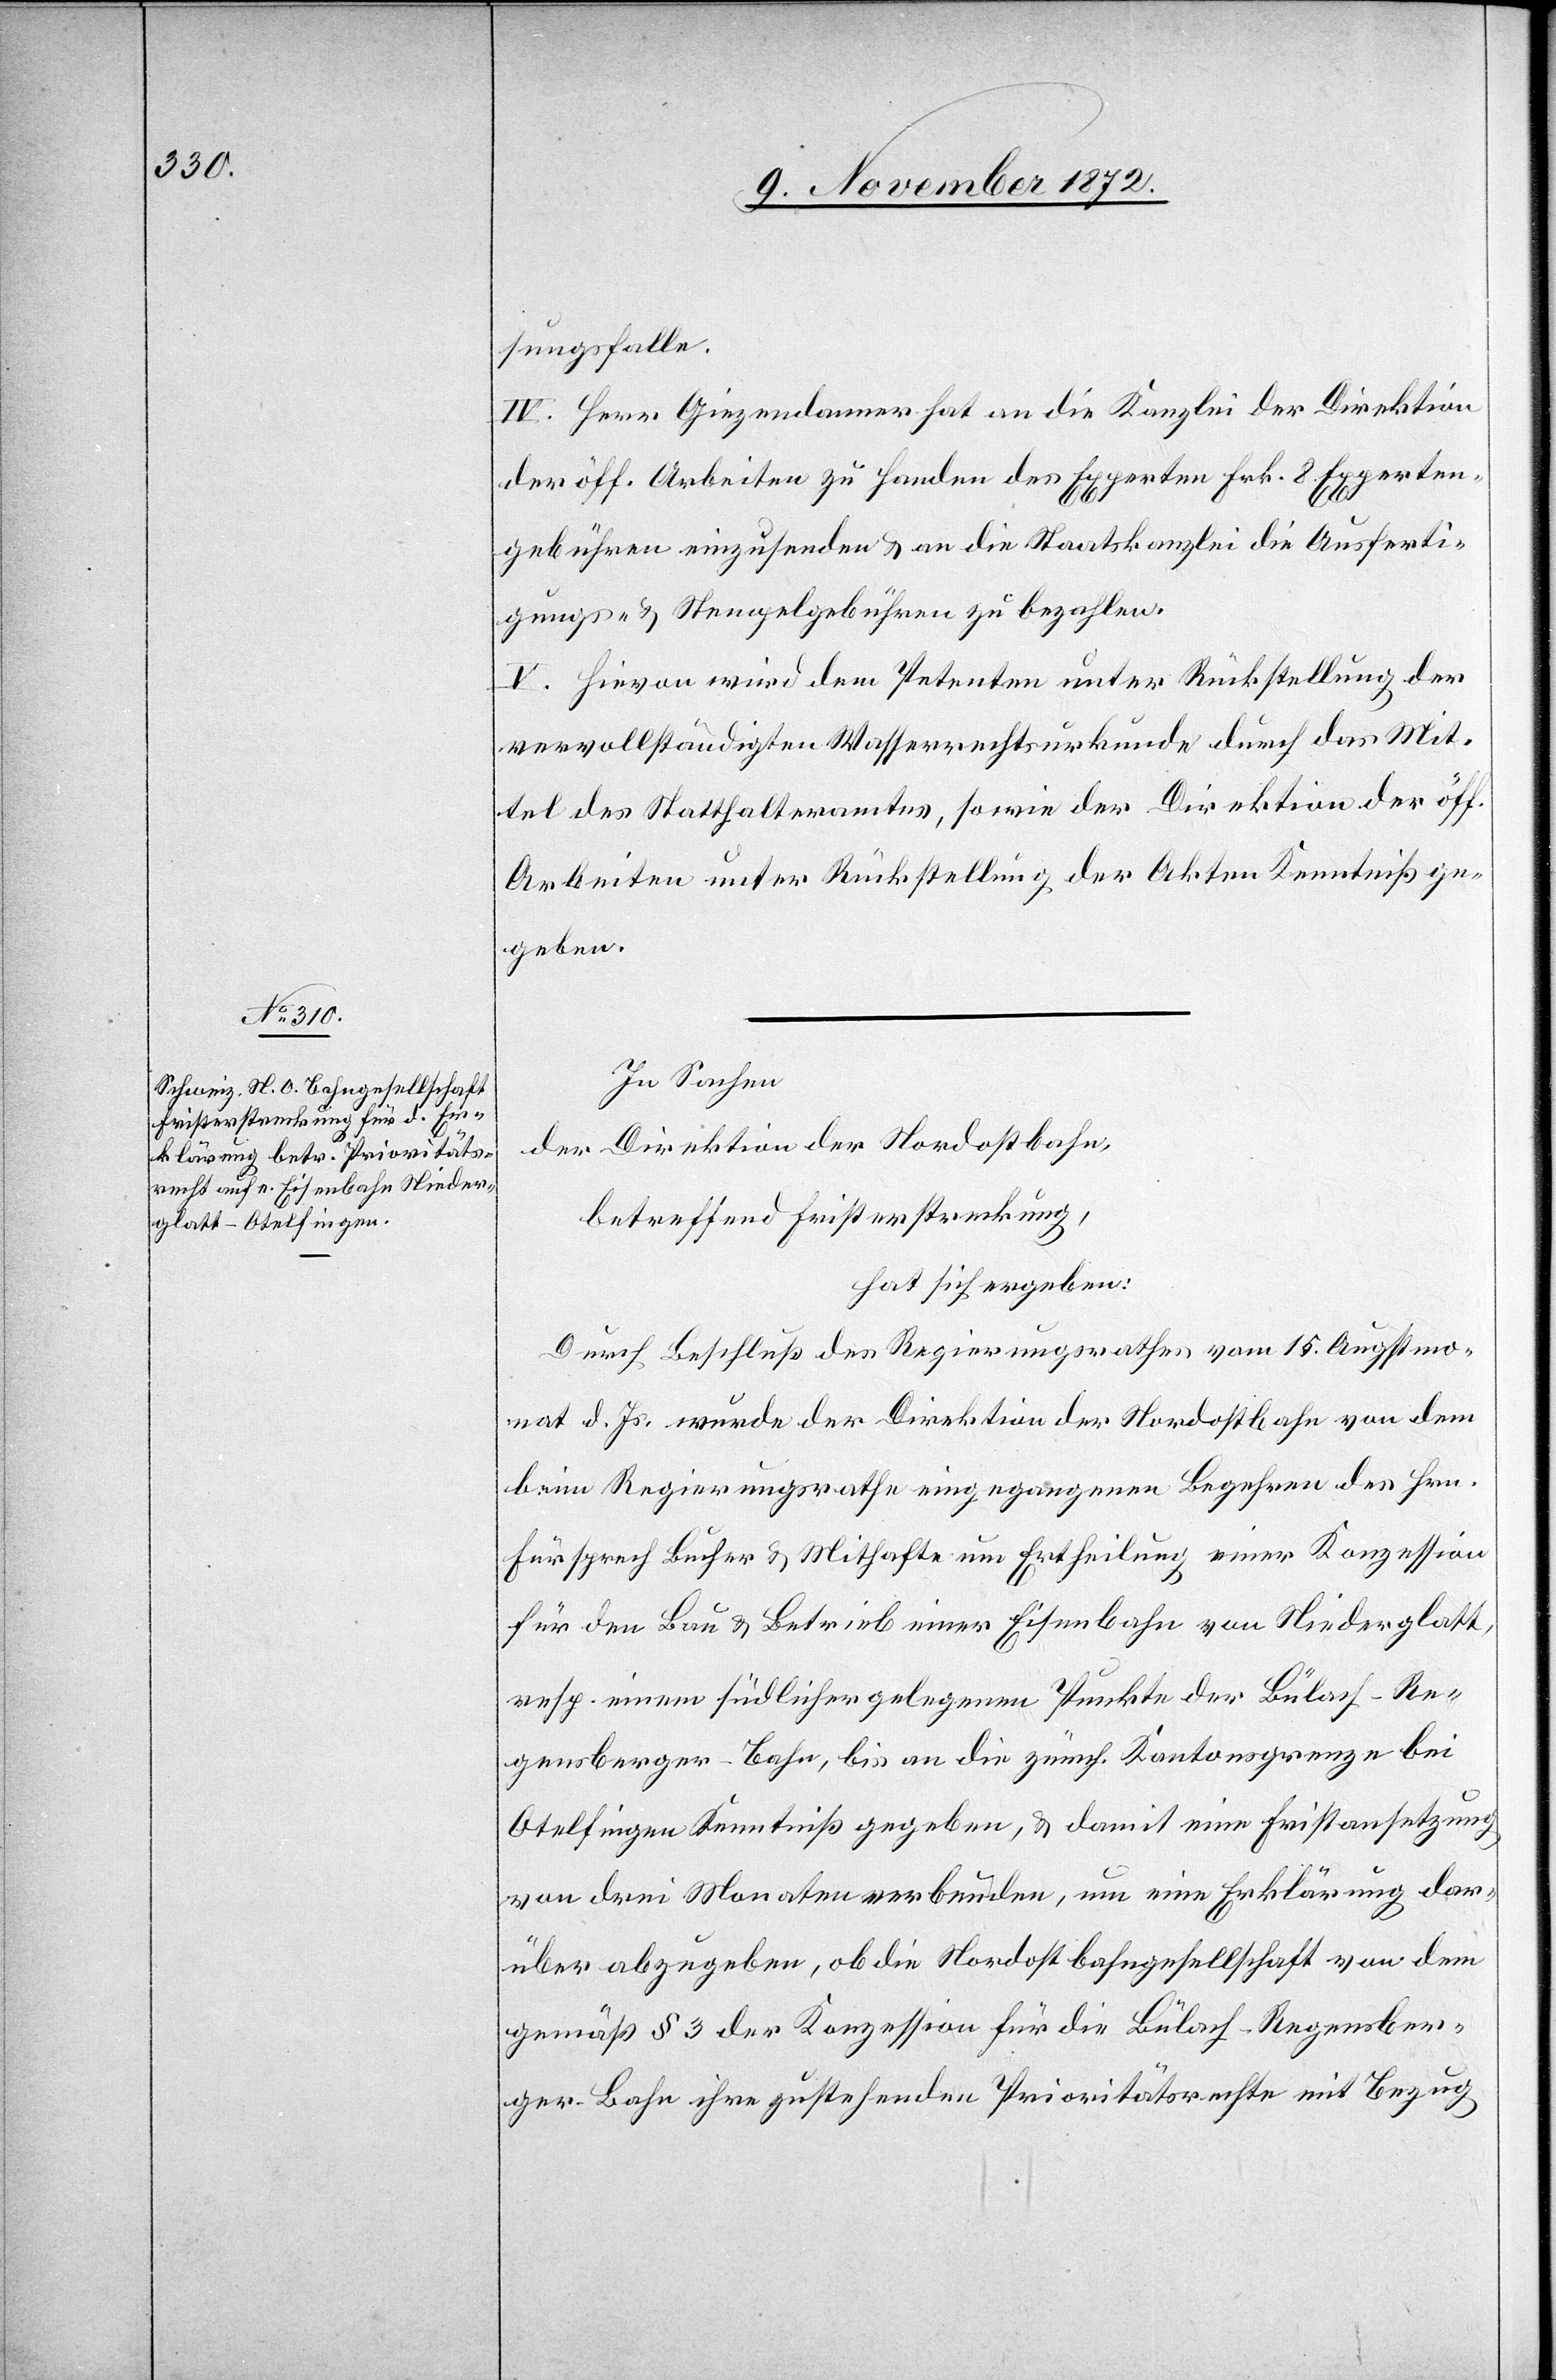
sungsfalle.
IV. Herr Giezendanner hat an die Kanzlei der Direktion
der öff. Arbeiten zu Handen des Experten Frk. 8 Experten¬
gebühren einzusenden u. an die Staatskanzlei die Ausferti¬
gungs- u. Stempelgebühren zu bezahlen.
V. Hievon wird dem Petenten unter Rückstellung der
vervollständigten Wasserrechtsurkunde durch das Mit¬
tel des Statthalteramtes, sowie der Direktion der öff.
Arbeiten unter Rückstellung der Akten Kenntniß ge¬
geben.
In Sachen
der Direktion der Nordostbahn,
betreffend Fristerstreckung,
hat sich ergeben:
Durch Beschluß des Regierungsrathes vom 15. Augstmo¬
nat d. Js. wurde der Direktion der Nordostbahn von dem
beim Regierungsrathe eingegangenen Begehren des Hrn.
Fürsprech Bucher u. Mithafte um Ertheilung einer Konzession
für den Bau u. Betrieb einer Eisenbahn von Niederglatt,
resp. einem südlicher gelegenen Punkte der Bülach–Re¬
gensberger-Bahn, bis an die zürch. Kantonsgrenze bei
Otelfingen Kenntniß gegeben, u. damit eine Fristansetzung
von drei Monaten verbunden, um eine Erklärung dar¬
über abzugeben, ob die Nordostbahngesellschaft von dem
gemäß § 3 der Konzession für die Bülach–Regensber¬
ger-Bahn ihre gutstehenden Prioritätsrechte mit Bezug